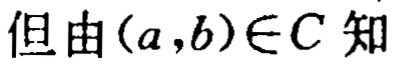
但由\((a,b)\in C\)知